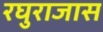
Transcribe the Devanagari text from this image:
रघुराजास